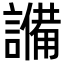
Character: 𬣈